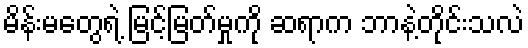
မိန်းမတွေရဲ့ မြင့်မြတ်မှုကို ဆရာက ဘာနဲ့တိုင်းသလဲ